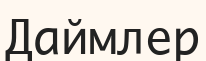
Даймлер